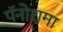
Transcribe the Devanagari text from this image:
पॅनोरामा